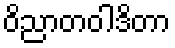
ဝိညာတဝါဒိတာ